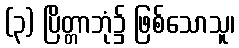
(၃) ပြိတ္တာဘုံ၌ ဖြစ်သောသူ၊